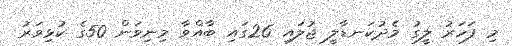
މި ފަހަރު ލީގު މެދުކަނޑާލީ ޖުލައި 26ގައި ބާއްވާ މިނިވަން 50ގެ ކުޅިވަރު